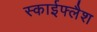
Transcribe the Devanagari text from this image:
स्काईफ्लैश